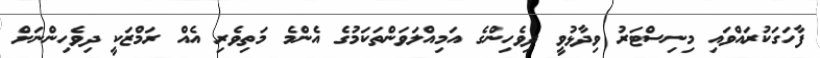
ފާހަގަކުރައްވައި މިނިސްޓަރު ވިދާޅުވީ ދިވެހިންގެ އަމިއްލަވަންތަކަމުގެ އެންމެ މަތިވެރި އެއް ރަމްޒަކީ ދިވެހިންނަށް